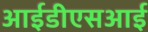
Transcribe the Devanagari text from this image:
आईडीएसआई